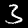
Digit: 3